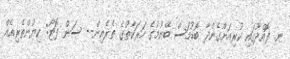
ނ. ފޮއްދޫގައި ކުރިއަށްގެންދާ ބޮޑުމަސް ބޭނުމުގެ ހަރަކާތުގެ ތެރެއިން-- ސަން ފޮޓޯ: ކިޔުންތެރިއެއް